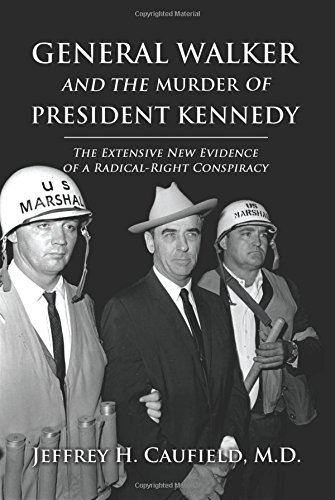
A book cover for General Walker and the Murder of President Kennedy: The Extensive New Evidence of a Radical-Right Conspiracy; Jeffrey H. Caufield M.D.; Politics & Social Sciences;